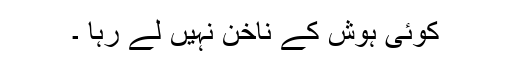
کوئی ہوش کے ناخن نہیں لے رہا ۔